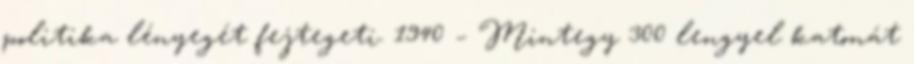
politika lényegét fejtegeti. 1940 – Mintegy 300 lengyel katonát